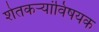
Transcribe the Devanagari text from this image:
शेतकर्‍यांविषयक